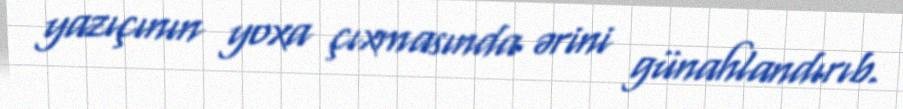
yazıçının yoxa çıxmasında ərini günahlandırıb.